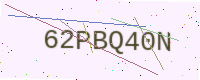
Text: 62PBQ40N